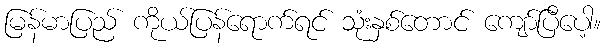
မြန်မာပြည် ကိုယ်ပြန်ရောက်ရင် သုံးနှစ်တောင် ကျော်ပြီပေါ့။